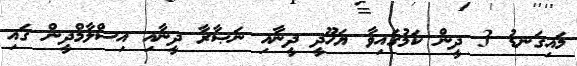
މައިގަނޑު 3 ދީން ކަމުގައިވާ ޔަހޫދީ ދީނާއި ނަޞާރާ ދީނާއި އިސްލާމްދީން ގައި